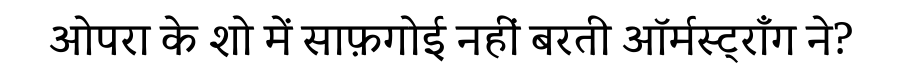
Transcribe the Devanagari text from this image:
ओपरा के शो में साफ़गोई नहीं बरती ऑर्मस्ट्राँग ने?